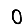
Digit: 0